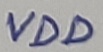
Text: VDD